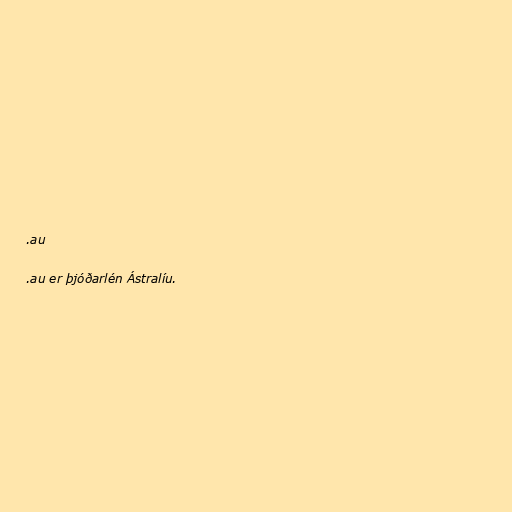
.au

.au er þjóðarlén Ástralíu.